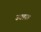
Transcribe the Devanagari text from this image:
उघडाच